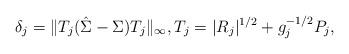
LaTeX: \begin{align*} \delta_j=\| T_j(\hat\Sigma-\Sigma) T_j\Vert_\infty,T_j=| R_j|^{1/2}+ g_j^{-1/2}P_j,\end{align*}